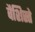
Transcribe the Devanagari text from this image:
वैशिस्ते